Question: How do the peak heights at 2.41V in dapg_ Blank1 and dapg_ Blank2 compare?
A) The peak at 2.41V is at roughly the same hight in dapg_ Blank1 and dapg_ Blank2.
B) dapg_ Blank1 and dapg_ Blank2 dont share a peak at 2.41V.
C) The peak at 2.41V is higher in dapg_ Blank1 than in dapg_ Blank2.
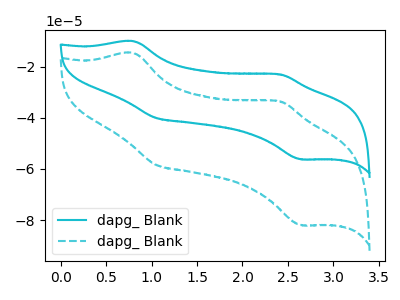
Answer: <think>The cyan curve "dapg_ Blank1" has anodic peaks at (0.80V, -10.00uA) (2.40V, -23.05uA) and cathodic peaks at (1.05V, -40.00uA) (2.65V, -56.25uA). The cyan dashed curve "dapg_ Blank2" has anodic peaks at (0.80V, -14.55uA) (2.40V, -33.60uA) and cathodic peaks at (1.05V, -58.35uA) (2.65V, -81.95uA).</think>
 <answer>C) The peak at 2.41V is higher in "dapg_ Blank1" than in "dapg_ Blank2".</answer>
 <eval>C</eval>